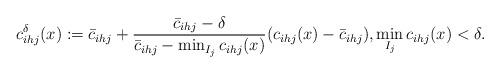
LaTeX: \begin{align*}c_{ihj}^{\delta}(x):= \bar{c}_{ihj}+\frac{\bar{c}_{ihj}-\delta}{\bar{c}_{ihj}-\min_{I_j} c_{ihj}(x)} (c_{ihj}(x) -\bar{c}_{ihj}), \min_{I_j} c_{ihj}(x)<\delta. \end{align*}